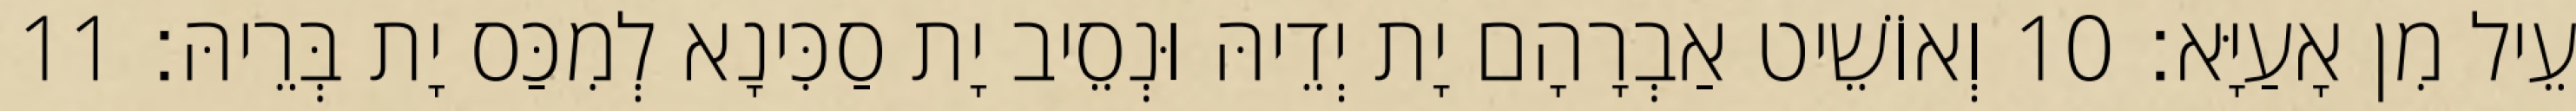
עֵיל מִן אָעַיָּא׃ 10 וְאוֹשֵׁיט אַבְרָהָם יָת יְדֵיהּ וּנְסֵיב יָת סַכִּינָא לְמִכַּס יָת בְּרֵיהּ׃ 11